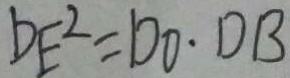
D E ^ { 2 } = D O \cdot D B